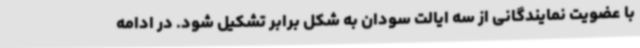
با عضویت نمایندگانی از سه ایالت سودان به شکل برابر تشکیل شود. در ادامه